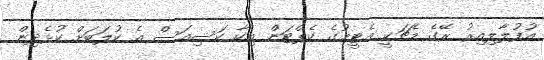
އުފުލާލިއިރު ރޭގެ މެޗަކީ އެޓީމުގެ ކެޕްޓަން އިކާ ކަސިއަސް އެ ކުލަބަށް ކުޅެދިން